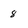
Character: 8